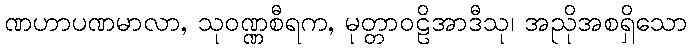
ဏဟာပဏမာလာ, သုဝဏ္ဏစီရက, မုတ္တာဝဠိအာဒီသု၊ အညိုအစရှိသော